Annual report of the Punjab Veterinary College and of the Civil Veterinary Department, Punjab - 1909-1919
Year: 1909
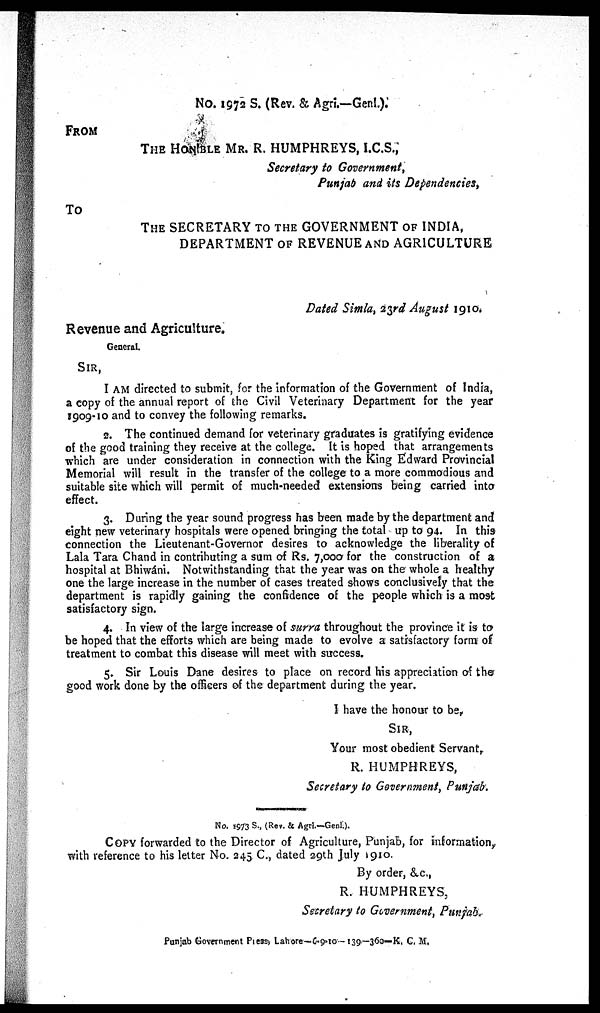
No. 1972 S. (Rev. & Agri.—Genl.).
FROM
THE HONIBLE MR. R. HUMPHREYS, I.C.S.,
Secretary to Government,
Punjab and its Dependencies,
To
THE SECRETARY TO THE GOVERNMENT OF INDIA,
DEPARTMENT OF REVENUE AND AGRICULTURE
Dated Simla, 23rd August 1910.
Revenue and Agriculture.
General.
SIR,
I AM directed to submit, for the information of the Government of India,
a copy of the annual report of the Civil Veterinary Department for the year
1909-10 and to convey the following remarks.
2. The continued demand for veterinary graduates is gratifying evidence
of the good training they receive at the college. It is hoped that arrangements
which are under consideration in connection with the King Edward Provincial
Memorial will result in the transfer of the college to a more commodious and
suitable site which will permit of much-needed extensions being carried into
effect.
3. During the year sound progress has been made by the department and
eight new veterinary hospitals were opened bringing the total up to 94. In this
connection the Lieutenant-Governor desires to acknowledge the liberality of
Lala Tara Chand in contributing a sum of Rs. 7,000 for the construction of a
hospital at Bhiwáni. Notwithstanding that the year was on the whole a healthy
one the large increase in the number of cases treated shows conclusively that the
department is rapidly gaining the confidence of the people which is a most
satisfactory sign.
4. In view of the large increase of surra throughout the province it is to
be hoped that the efforts which are being made to evolve a satisfactory form of
treatment to combat this disease will meet with success.
5. Sir Louis Dane desires to place on record his appreciation of the
good work done by the officers of the department during the year.
I have the honour to be,
SIR,
Your most obedient Servant,
R. HUMPHREYS,
Secretary to Government, Punjab.
No. 1973 S., (Rev. & Agri.—Genl.).
COPY forwarded to the Director of Agriculture, Punjab, for information,
with reference to his letter No. 245 C., dated 29th July 1910.
By order, &c.,
R. HUMPHREYS,
Secretary to Government, Punjab.
Punjab Government Press Lahore—6-9-10—139— 360— K. C. M.